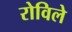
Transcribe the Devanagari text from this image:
रोविले